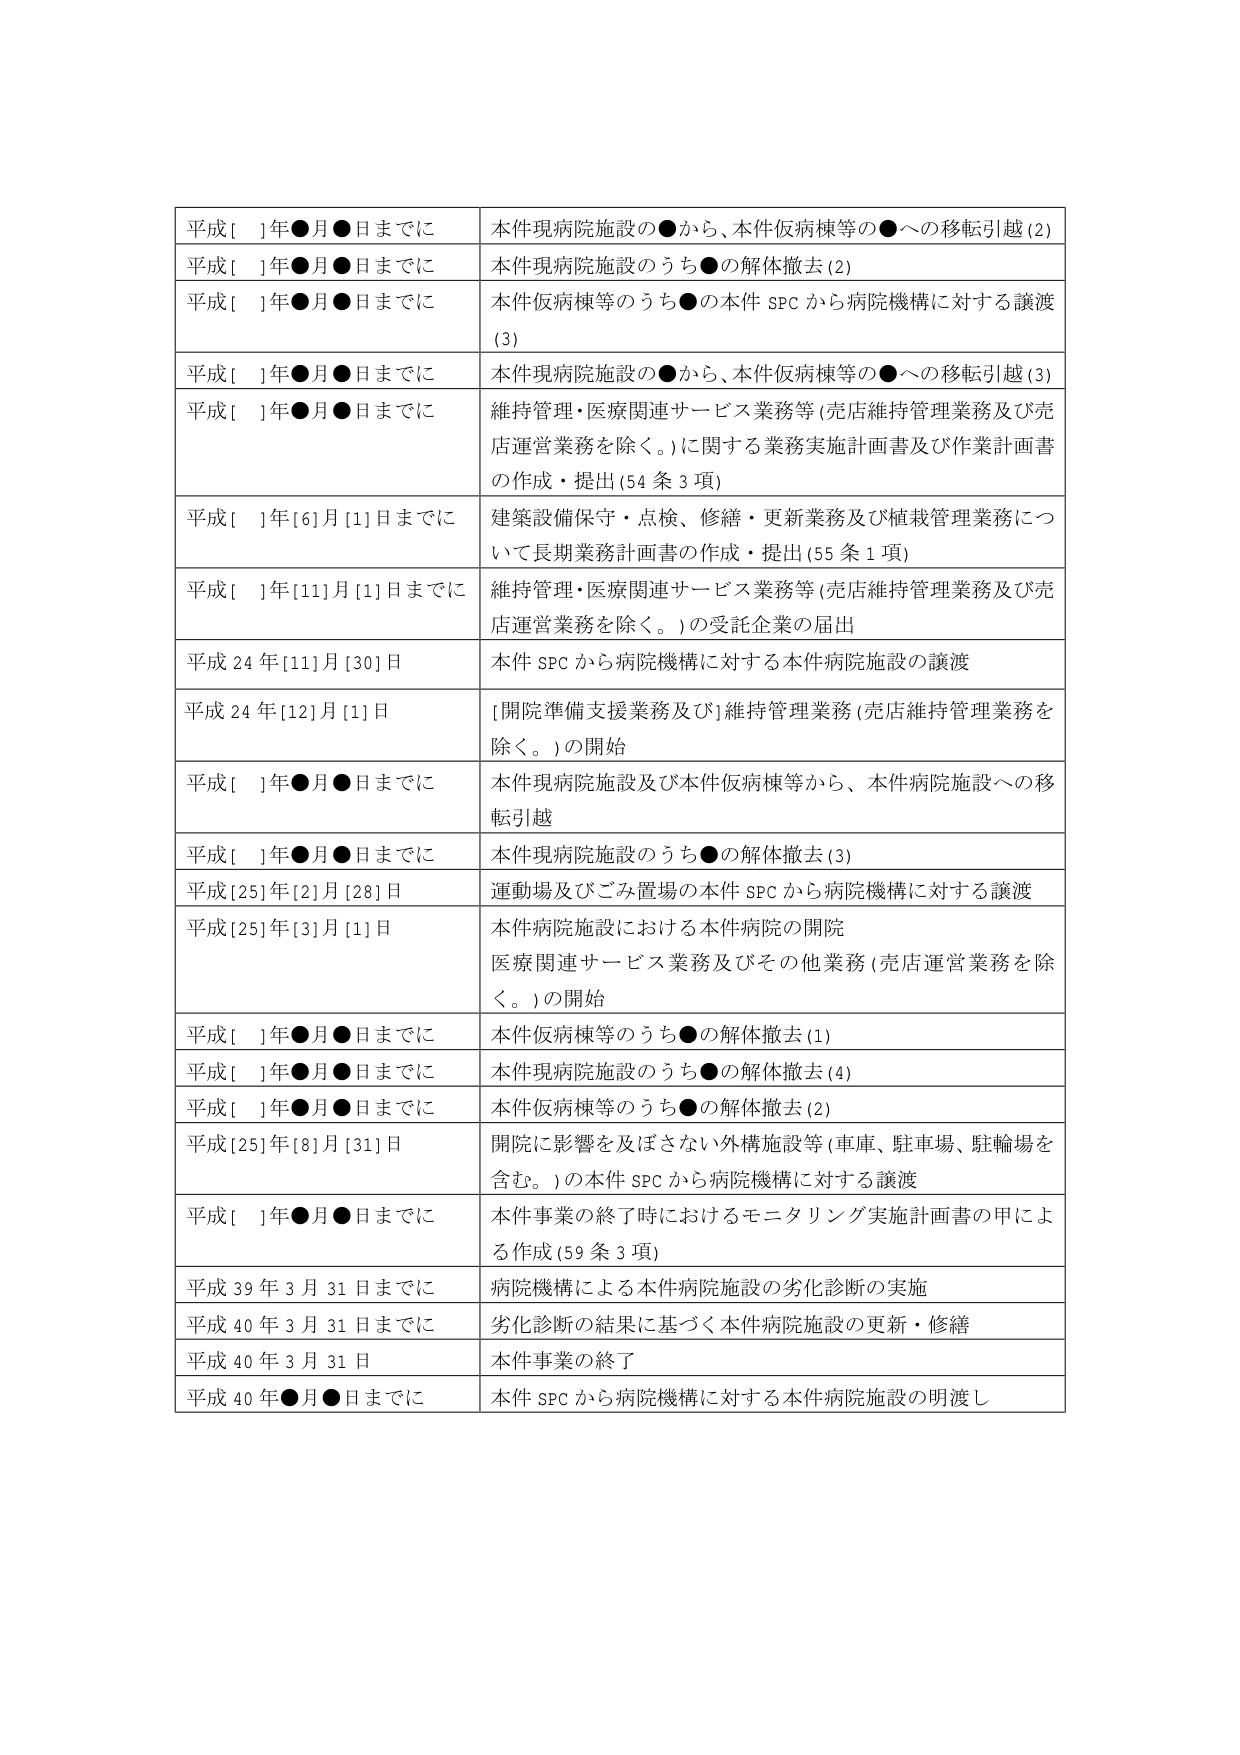
平成[ ]年●月●日までに 本件現病院施設の●から、本件仮病棟等の●への移転引越(2)
平成[ ]年●月●日までに 本件現病院施設のうち●の解体撤去(2)
平成[ ]年●月●日までに 本件仮病棟等のうち●の本件SPCから病院機構に対する譲渡(3)
平成[ ]年●月●日までに 本件現病院施設の●から、本件仮病棟等の●への移転引越(3)
平成[ ]年●月●日までに 維持管理・医療関連サービス業務等(売店維持管理業務及び売店運営業務を除く。)に関する業務実施計画書及び作業計画書の作成・提出(54条3項)
平成[ ]年[6月[1]日までに 建築設備保守・点検、修繕・更新業務及び植栽管理業務について長期業務計画書の作成・提出(55条1項)
平成[ ]年[11]月[1]日までに 維持管理・医療関連サービス業務等(売店維持管理業務及び売店運営業務を除く。)の受託企業の届出
平成24年[11]月[30]日 本件SPCから病院機構に対する本件病院施設の譲渡
平成24年[12]月[1]日 [開院準備支援業務及び]維持管理業務(売店維持管理業務を除く。)の開始
平成[ ]年●月●日までに 本件現病院施設及び本件仮病棟等から、本件病院施設への移転引越
平成[ ]年●月●日までに 本件現病院施設のうち●の解体撤去(3)
平成[25]年[2]月[28]日 運動場及びごみ置場の本件SPCから病院機構に対する譲渡
平成[25]年[3]月[1]日 本件病院施設における本件病院の開院 医療関連サービス業務及びその他業務(売店運営業務を除く。)の開始
平成[ ]年●月●日までに 本件仮病棟等のうち●の解体撤去(1)
平成[ ]年●月●日までに 本件現病院施設のうち●の解体撤去(4)
平成[ ]年●月●日までに 本件仮病棟等のうち●の解体撤去(2)
平成[25]年[8]月[31]日 開院に影響を及ぼさない外構施設等(車庫、駐車場、駐輪場を含む。)の本件SPCから病院機構に対する譲渡
平成[ ]年●月●日までに 本件事業の終了時におけるモニタリング実施計画書の甲による作成(59条3項)
平成39年3月31日までに 病院機構による本件病院施設の劣化診断の実施
平成40年3月31日までに 劣化診断の結果に基づく本件病院施設の更新・修繕
平成40年3月31日 本件事業の終了
平成40年●月●日までに 本件SPCから病院機構に対する本件病院施設の明渡し